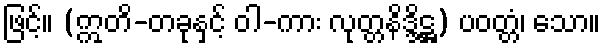
ဖြင့်။ (ဣတိ-တခုနှင့် ဝါ-ကား လုတ္တနိဒ္ဒိဋ္ဌ) ပဝတ္တံ၊ သော။